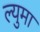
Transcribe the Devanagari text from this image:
ल्युमा